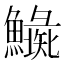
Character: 𩼍